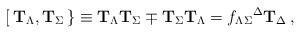
LaTeX: \begin{align*}{}[\, {\bf T}_\Lambda , {\bf T}_\Sigma\, \} \equiv{\bf T}_\Lambda {\bf T}_\Sigma \mp {\bf T}_\Sigma {\bf T}_\Lambda= f_{\Lambda\Sigma}{}^\Delta {\bf T}_\Delta\,,\end{align*}